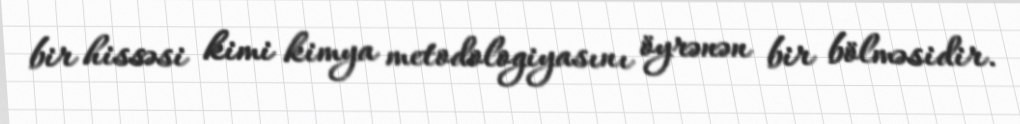
bir hissəsi kimi kimya metodologiyasını öyrənən bir bölməsidir.